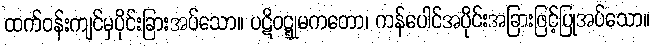
ထက်ဝန်းကျင်မှပိုင်းခြားအပ်သော။ ပဋိဝဋ္ဋုမကတော၊ ကန်ပေါင်အပိုင်းအခြားဖြင့်ပြုအပ်သော။